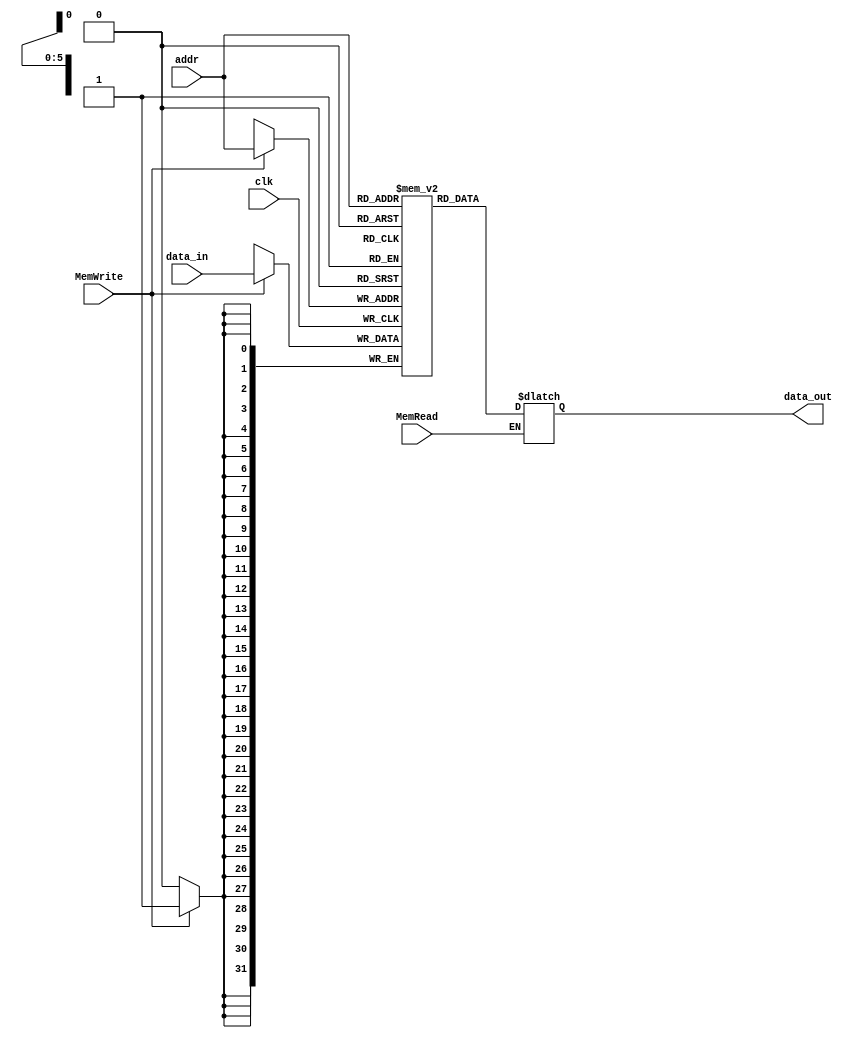
module DataMem
(input clk,
input MemRead,
input MemWrite,
input [5:0] addr,
input [31:0] data_in,
output reg [31:0] data_out); 
 
 reg [31:0] mem [0:63];
 
    
    initial begin
        mem[0]=32'd17;
        mem[1]=32'd9;
        mem[2]=32'd25;
    end

 
 
  always @(posedge clk)begin
 
    if (MemWrite == 1) begin 
        mem[addr] = data_in; 
    end

  end 
  
  always @(*) begin 
      if (MemRead == 1) begin //load word
        data_out = mem[addr]; 
    end 
  end

endmodule